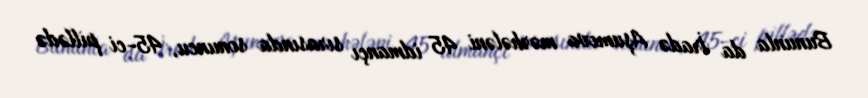
Bununla da İradə Aşumova mərhələni 45 idmançı sırasında sonuncu, 45-ci pillədə